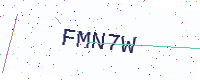
Text: FMN7W